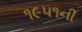
૧૯૫૧ની